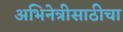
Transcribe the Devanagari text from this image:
अभिनेत्रीसाठीचा